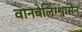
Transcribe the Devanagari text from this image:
वानबेलिंग्श्वासेन